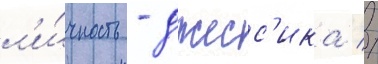
л'и́чность - джесс'ика //